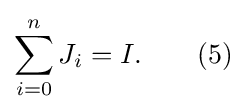
\sum _{i=0}^{n}J_{i}=I.\qquad (5)